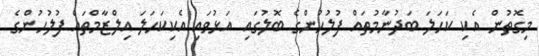
މިގޮތުން އެކި ކަހަލަ ބަދުނާމުތައް ފުލުހުންގެ ބޮލުގައި އަޅުވައި އެކިކަހަލަ އިލްޒާމްތައް ފުލުހުންގެ